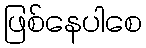
ဖြစ်နေပါစေ